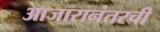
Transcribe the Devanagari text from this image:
आजारानंतरची